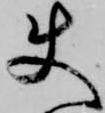
使